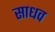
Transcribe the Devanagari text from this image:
साधव